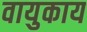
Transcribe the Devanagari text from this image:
वायुकाय